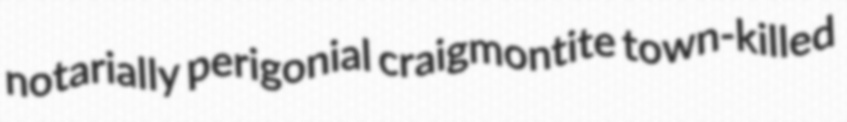
notarially perigonial craigmontite town-killed